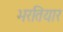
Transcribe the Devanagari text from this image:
भरतियार